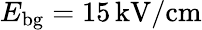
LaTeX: E_{\mathrm{bg}}=15\, \textrm{kV/cm}